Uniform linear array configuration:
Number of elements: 32
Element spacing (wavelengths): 0.75
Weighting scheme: hann
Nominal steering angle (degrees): -30
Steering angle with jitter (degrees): -31.747
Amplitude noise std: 0.05
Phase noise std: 0.05

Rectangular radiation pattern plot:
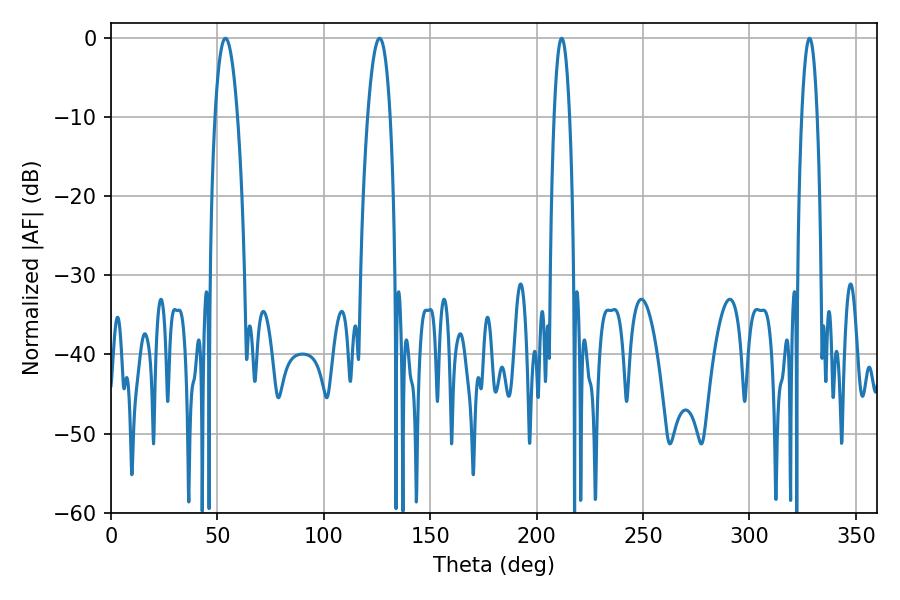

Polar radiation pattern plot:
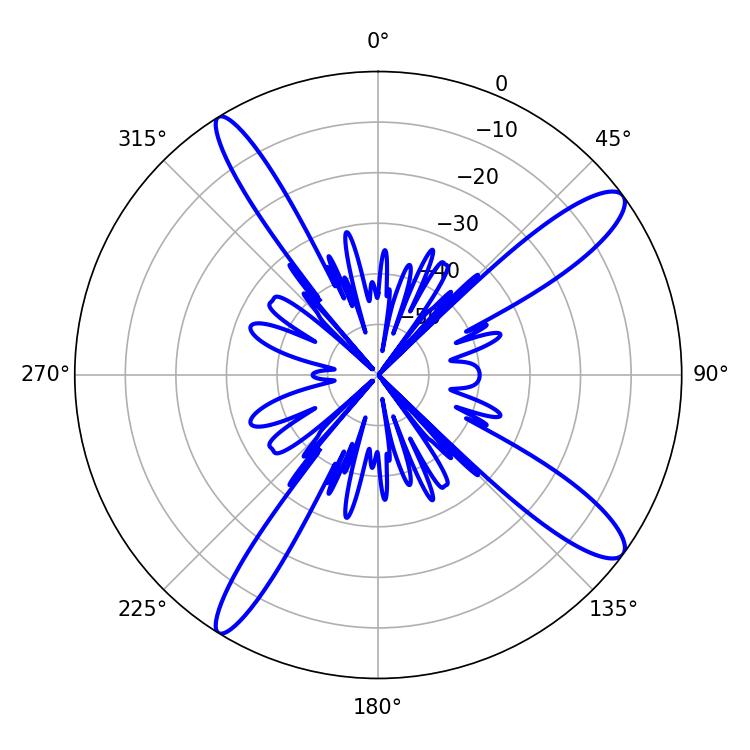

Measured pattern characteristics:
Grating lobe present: TRUE
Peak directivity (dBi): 13.106
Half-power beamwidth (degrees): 5.94
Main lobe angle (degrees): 53.82